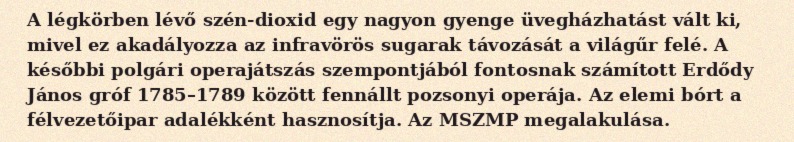
A légkörben lévő szén-dioxid egy nagyon gyenge üvegházhatást vált ki, mivel ez akadályozza az infravörös sugarak távozását a világűr felé. A későbbi polgári operajátszás szempontjából fontosnak számított Erdődy János gróf 1785–1789 között fennállt pozsonyi operája. Az elemi bórt a félvezetőipar adalékként hasznosítja. Az MSZMP megalakulása.